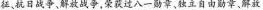
征、抗日战争，解放战争，荣获过八-一勋章、独立自由勋章、解放